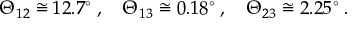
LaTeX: \Theta _ { 1 2 } \cong 1 2 . 7 ^ { \circ } \; , \quad \Theta _ { 1 3 } \cong 0 . 1 8 ^ { \circ } \; , \quad \Theta _ { 2 3 } \cong 2 . 2 5 ^ { \circ } \; .